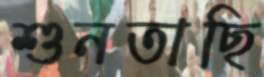
শুনতাছি